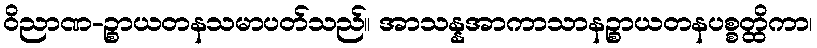
ဝိညာဏ-ဉ္စာယတနသမာပတ်သည်။ အာသန္နအာကာသာနဉ္စာယတနပစ္စတ္ထိကာ၊